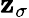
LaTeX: \mathbf{z}_{\sigma}